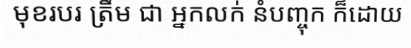
មុខរបរ ត្រឹម ជា អ្នកលក់ នំបញ្ចុក ក៏ដោយ